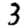
Digit: 3